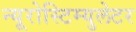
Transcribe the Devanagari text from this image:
न्यूरोस्टिम्युलेटर